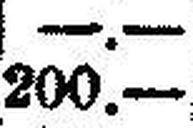
200.—